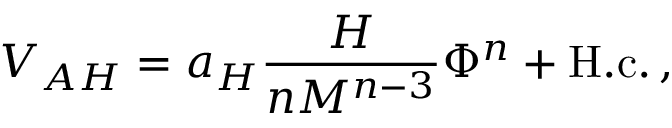
V _ { A H } = a _ { H } \frac { H } { n M ^ { n - 3 } } \Phi ^ { n } + \mathrm { H . c . } \, ,